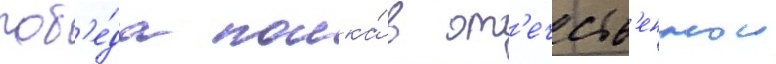
поб'е́да полка́ в от'ечеств'еннои